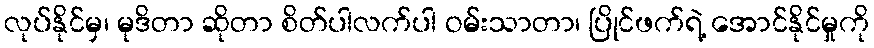
လုပ်နိုင်မှ၊ မုဒိတာ ဆိုတာ စိတ်ပါလက်ပါ ဝမ်းသာတာ၊ ပြိုင်ဖက်ရဲ့ အောင်နိုင်မှုကို